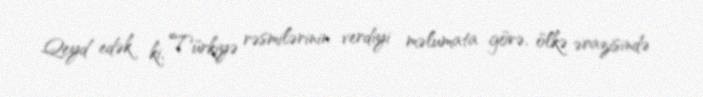
Qeyd edək ki, Türkiyə rəsmilərinin verdiyi məlumata görə, ölkə ərazisində